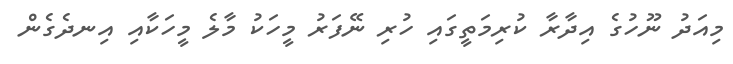
މިއަދު ނޫހުގެ އިދާރާ ކުރިމަތީގައި ހުރި ނޭފަރު މީހަކު މާލެ މީހަކާއި އިނދެގެން